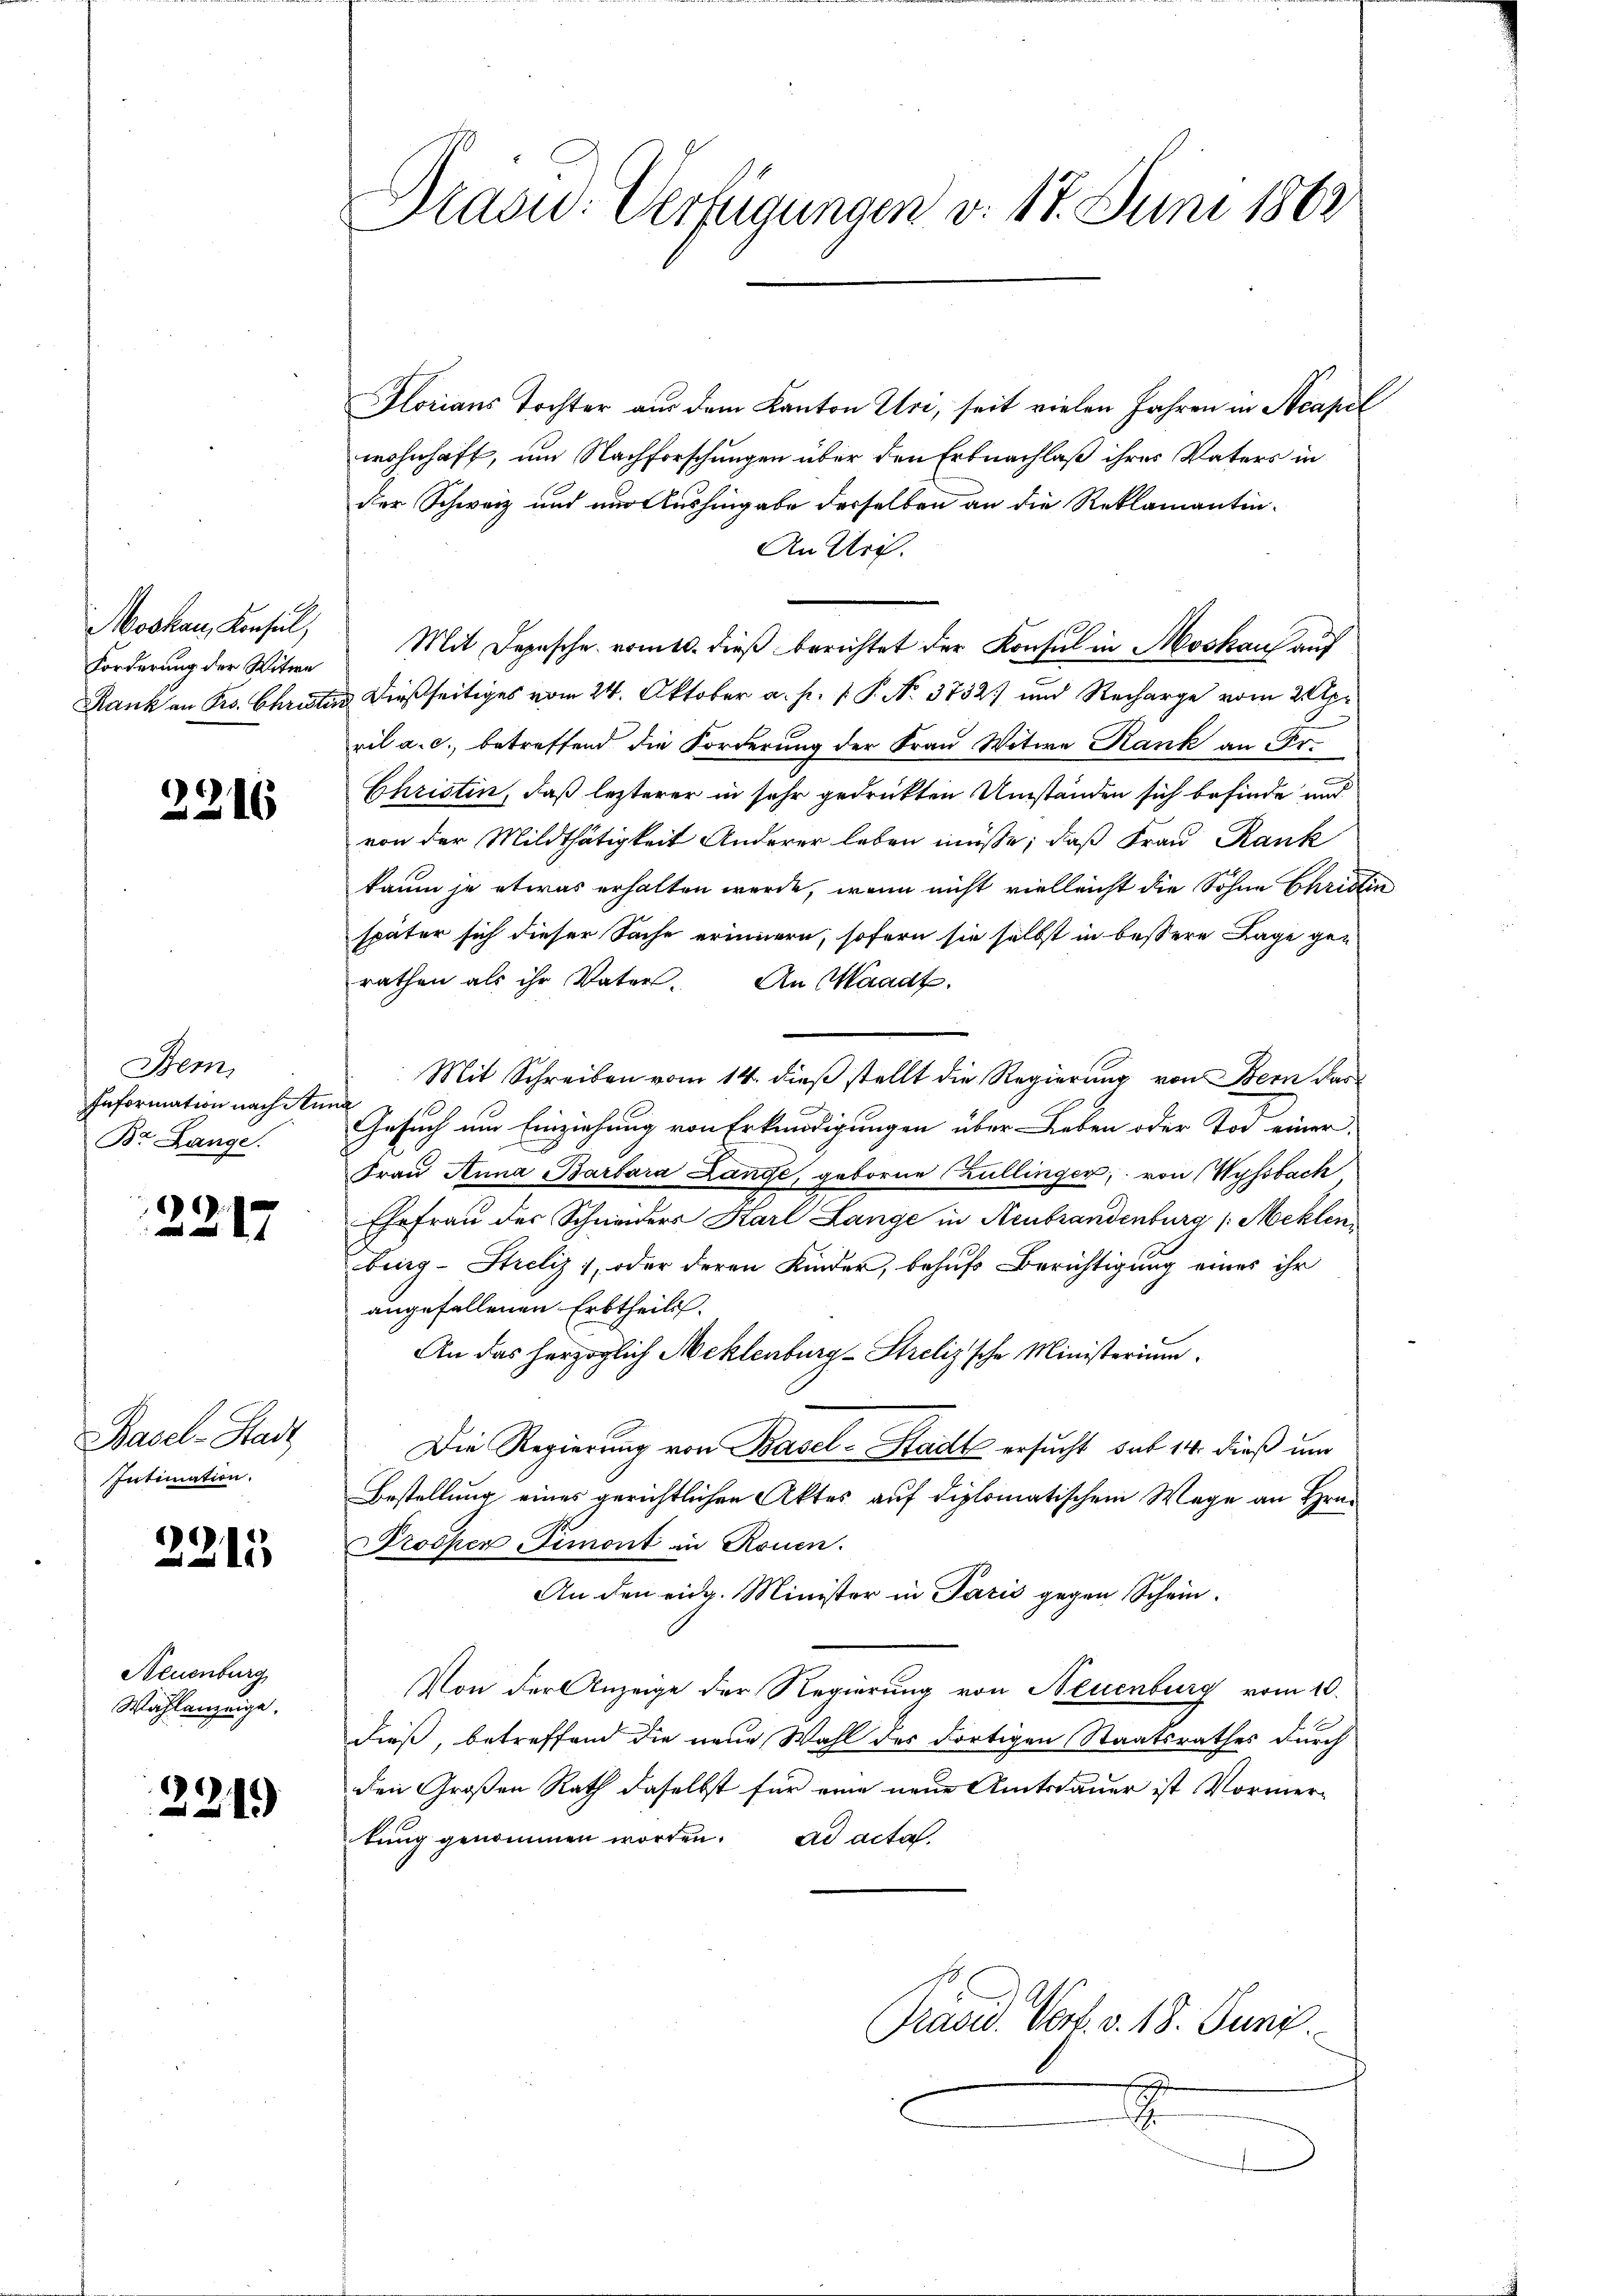
Moskau, Konsul,
Forderung der Witwe
Rank an Frs. Christe

2216

Bem
Information nach An
Br Lange.

2217

Basel-Stadt
Intimation.

2215

Neuenburg
Wahlanzeige.

221)

Draçu: Verfügungen v. 17. Juni 1862

Florians Tochter aus dem Kanton Uri, seit vielen Jahren in Acapel
wohnhaft, um Nachforschungen über den Erbnachlaß ihres Vaters in
der Schweiz und und Aushingabe desselben an die Reklamantin¬
An Uri.
Mit Depesche romts. dieß berichtet der Konsul in Moskau auf
 dießseitiges vom 24. Oktober a. p. P. P. No. 3732) und Recharge vom 22 Apr
ril a. c., betreffend die Forderung der Frau Witwe Rank an Fr.
Christin, daß lezterer in sehr gedrückten Umstanden sich befinde und
von der Mildthätigkeit Anderer leben müße; daß Frau Rank
kaum je etwas erhalten werde, wenn nicht vielleicht die Sohne Chridlin
später sich dieser Sache erinnern, sofern sie selbst in bessere Lage gerathen als ihr Vater. An Waadt.
Mit Schreiben vom 14. dieß stellt die Regierung von Bern das
Gesuch um Einziehung von Erkundigungen über Leben oder Tod einer
Frau Anna Barbara Lange, geborne Kullinger, von Wyssbach
Ehefrau der Schneiders Karl Lange in Neubrandenburg /: Meklen
burg-Streliz , oder deren Kinder, behufs Berichtigung eines ihr
angefallenen Erbtheils.
An das herzoglich Meklenburg-Streliz'sche Ministerium
Die Regierung von Basel-Stadt ersucht sub 14. dieß und
Bestellung eines gerichtlichen Aktes auf diplomatischem Wege an Hrn.
Prosper Simont in Rouen.
An den eidg. Minister in Paris gegen Schein¬
Von der Anzeige der Regierung von Neuenburg vom 10.
dieß, betreffend die neue Wahl des dortigen Staatsrathes durch
den Großen Rath daselbst für eine neue Amtsdauer ist Vormertung genommen worden. ad acta
Präsid. Verf. v. 18. Juni
8